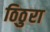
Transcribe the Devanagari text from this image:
ठिठुरा